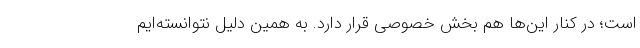
است؛ در کنار این‌ها هم بخش خصوصی قرار دارد. به همین دلیل نتوانسته‌ایم